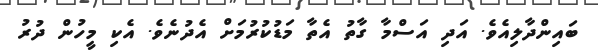
ބައިންދާލިއެވެ. އަދި އަސްމާ ގާތު އެތާ މަޑުކުރުމަށް އެދުނެވެ. އެކި މީހުން ދުރު